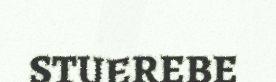
STUEREBE